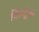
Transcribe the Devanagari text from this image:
चिम्पुंक